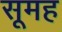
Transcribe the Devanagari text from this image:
सूमह